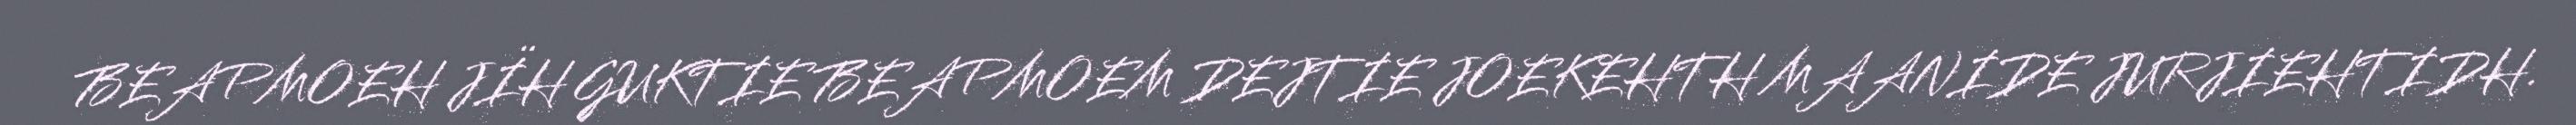
BEAPMOEH JÏH GUKTIE BEAPMOEM DEJTIE JOEKEHTH MAANIDE JURJIEHTIDH.